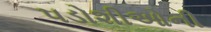
પડોશીઓની